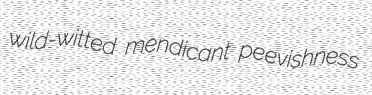
wild-witted mendicant peevishness